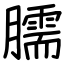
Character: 臑